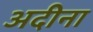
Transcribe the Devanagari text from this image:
अदीना